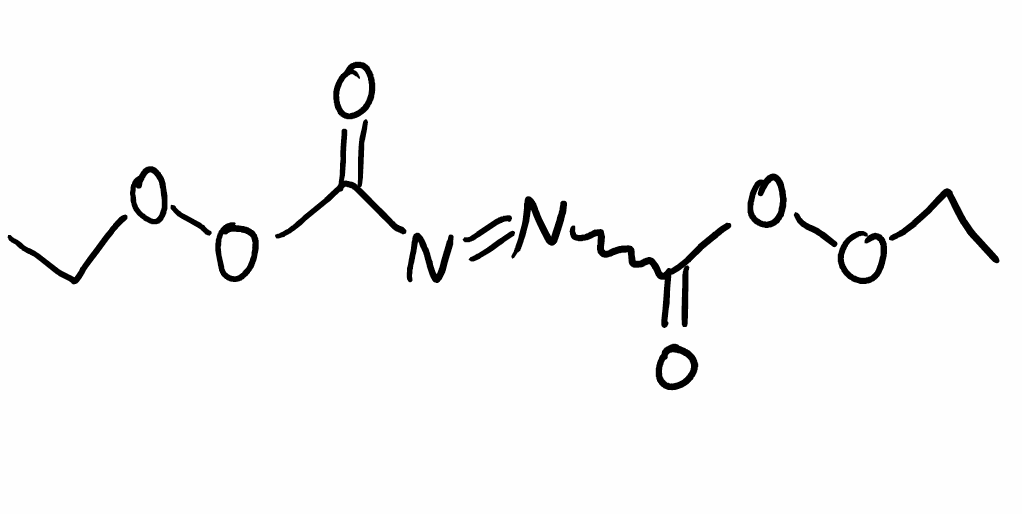
Simplified molecular-input line-entry system (SMILES) notation of the given molecule:
CCOOC(=O)N=NC(=O)OOCC